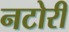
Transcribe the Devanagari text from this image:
नटोरी